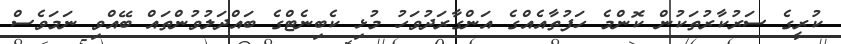
ކުރީގެ ސަރުކާރުތަކުން ކޮންމެ ހަފުތާއެއްގެ އަންގާރަދުވަހު މުޅި ކެބިނެޓްގެ ބައްދަލުވުންތައް ބޭއްވި ނަމަވެސް